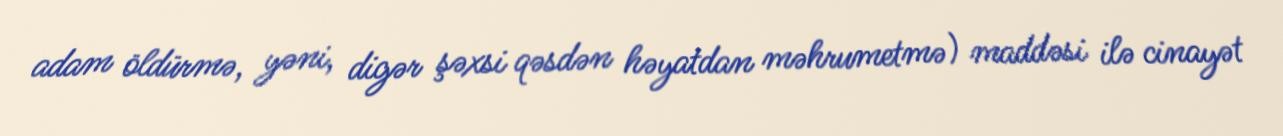
adam öldürmə, yəni, digər şəxsi qəsdən həyatdan məhrumetmə) maddəsi ilə cinayət